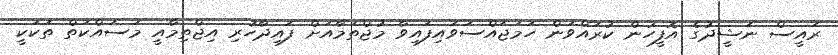
ރައީސް ނަޝީދުގެ އޮފީހުން ކުރައްވަން ހަމަޖައްސަވައިފައިވާ މުޖްތަމާއަށް ފައިދާހުރި އިޖްތިމާއީ މަސައްކަތް ތަކަކީ